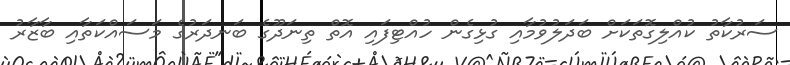
ސަރުކާތު ކުއްލިގޮތަކަށް ބަދަލުވުމާއި ގުޅިގެން ހުއްޓިފައި އޮތް ތިނަދޫގެ ބަނދަރުގެ މަސައްކަތާއި ބާޒާރު